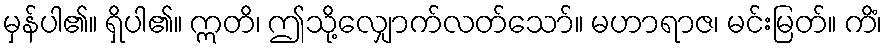
မှန်ပါ၏။ ရှိပါ၏။ ဣတိ၊ ဤသို့လျှောက်လတ်သော်။ မဟာရာဇ၊ မင်းမြတ်။ ကိံ၊